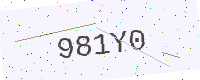
Text: 981Y0